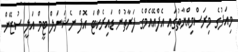
މިއަދުގެ މިރަސްމިއްޔާތުގައި އެފްއޭއެމްގެ ފަރާތުން ޑައިރެކްޓަ އޮފް ނެޝަނަލް ޓީމް އަލީ ސުޒޭން